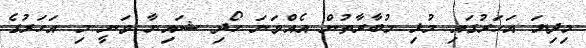
މިދިޔަ އަހަރުގައި މުޅި މުބާރާތުން އެއްވަނަ ހޯދި ޝައިނާ ވަނީ މި އަހަރުގެ